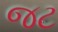
જટ